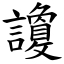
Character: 讂